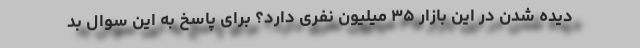
دیده شدن در این بازار ۳۵ میلیون نفری دارد؟ برای پاسخ به این سوال بد